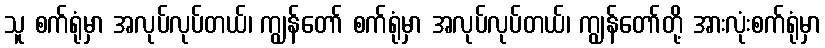
သူ စက်ရုံမှာ အလုပ်လုပ်တယ်၊ ကျွန်တော် စက်ရုံမှာ အလုပ်လုပ်တယ်၊ ကျွန်တော်တို့ အားလုံးစက်ရုံမှာ